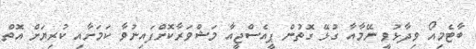
ބާޓެމިއޯ ވިދާޅުވީ ނޭމާއާ ގުޅޭ ގޮތުން ޕީއެސްޖީއާ މަޝްވަރާކޮށްފައިނުވާ ކަމަށާއި ކުރިޔަށް އޮތް